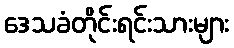
ဒေသခံတိုင်းရင်းသားများ